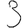
Digit: 3